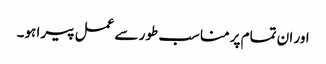
اور ان تمام پر مناسب طور سے عمل پیرا ہو۔